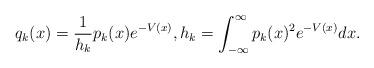
LaTeX: \begin{align*} q_k(x)=\frac{1}{h_k}p_k(x)e^{-V(x)},h_k=\int_{-\infty}^{\infty}p_k(x)^2e^{-V(x)}dx. \end{align*}